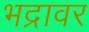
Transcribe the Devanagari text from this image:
भद्रावर